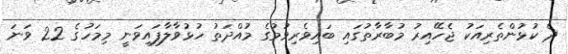
ދެ ކުޅުންތެރިއަކު ޖެހޭއިރު މުބާރާތުގައި ބައިވެރިވުމުގެ މުއްދަތު ހުޅުވާލާފައިވަނީ މިމަހުގެ 22 ވަނަ